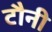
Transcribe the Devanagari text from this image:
टौनी